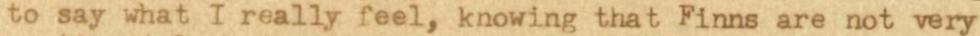
to say what I really feel, knowing that Finns are not very